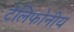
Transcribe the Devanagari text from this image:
टेलिफोनीय